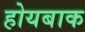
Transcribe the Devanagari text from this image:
होयबाक